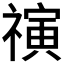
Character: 𰨒